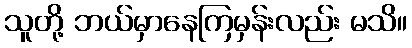
သူတို့ ဘယ်မှာနေကြမှန်းလည်း မသိ။